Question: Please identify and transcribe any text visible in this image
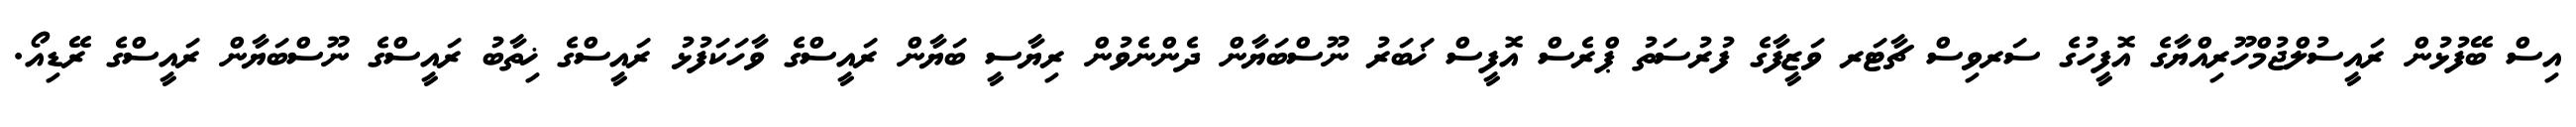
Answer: އިސް ބޭފުޅުން ރައީސުލްޖުމްހޫރިއްޔާގެ އޮފީހުގެ ސަރވިސް ޗާޓަރ ވަޒީފާގެ ފުރުސަތު ޕްރެސް އޮފީސް ޚަބަރު ނޫސްބަޔާން ދެންނެވުން ރިޔާސީ ބަޔާން ރައީސްގެ ވާހަކަފުޅު ރައީސްގެ ޚިތާބު ރައީސްގެ ނޫސްބަޔާން ރައީސްގެ ރޭޑިއޯ.